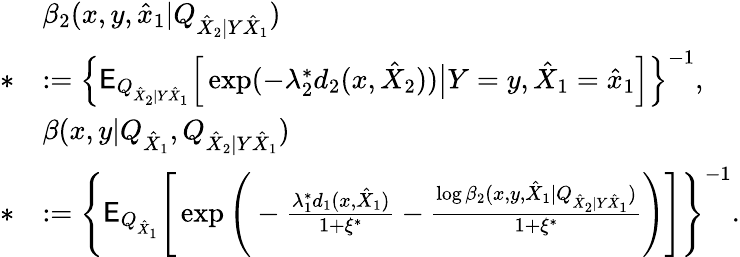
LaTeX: \begin{array}{rl}&{\beta_{2}(x,y,\hat{x}_{1}|Q_{\hat{X}_{2}|Y\hat{X}_{1}})}\\ {*}&{:=\Big\{ \mathsf{E}_{Q_{\hat{X}_{2}|Y\hat{X}_{1}}}\Big[\exp(-\lambda_{2}^{*}d_{2}(x,\hat{X}_{2}))\big|Y=y,\hat{X}_{1}=\hat{x}_{1}\Big]\Big\} ^{-1},}\\ &{\beta(x,y|Q_{\hat{X}_{1}},Q_{\hat{X}_{2}|Y\hat{X}_{1}})}\\ {*}&{:=\Bigg\{ \mathsf{E}_{Q_{\hat{X}_{1}}}\Bigg[\exp\Bigg(-\frac{\lambda_{1}^{*}d_{1}(x,\hat{X}_{1})}{1+\xi^{*}}-\frac{\log\beta_{2}(x,y,\hat{X}_{1}|Q_{\hat{X}_{2}|Y\hat{X}_{1}})}{1+\xi^{*}}\Bigg)\Bigg]\Bigg\} ^{-1}.}\end{array}